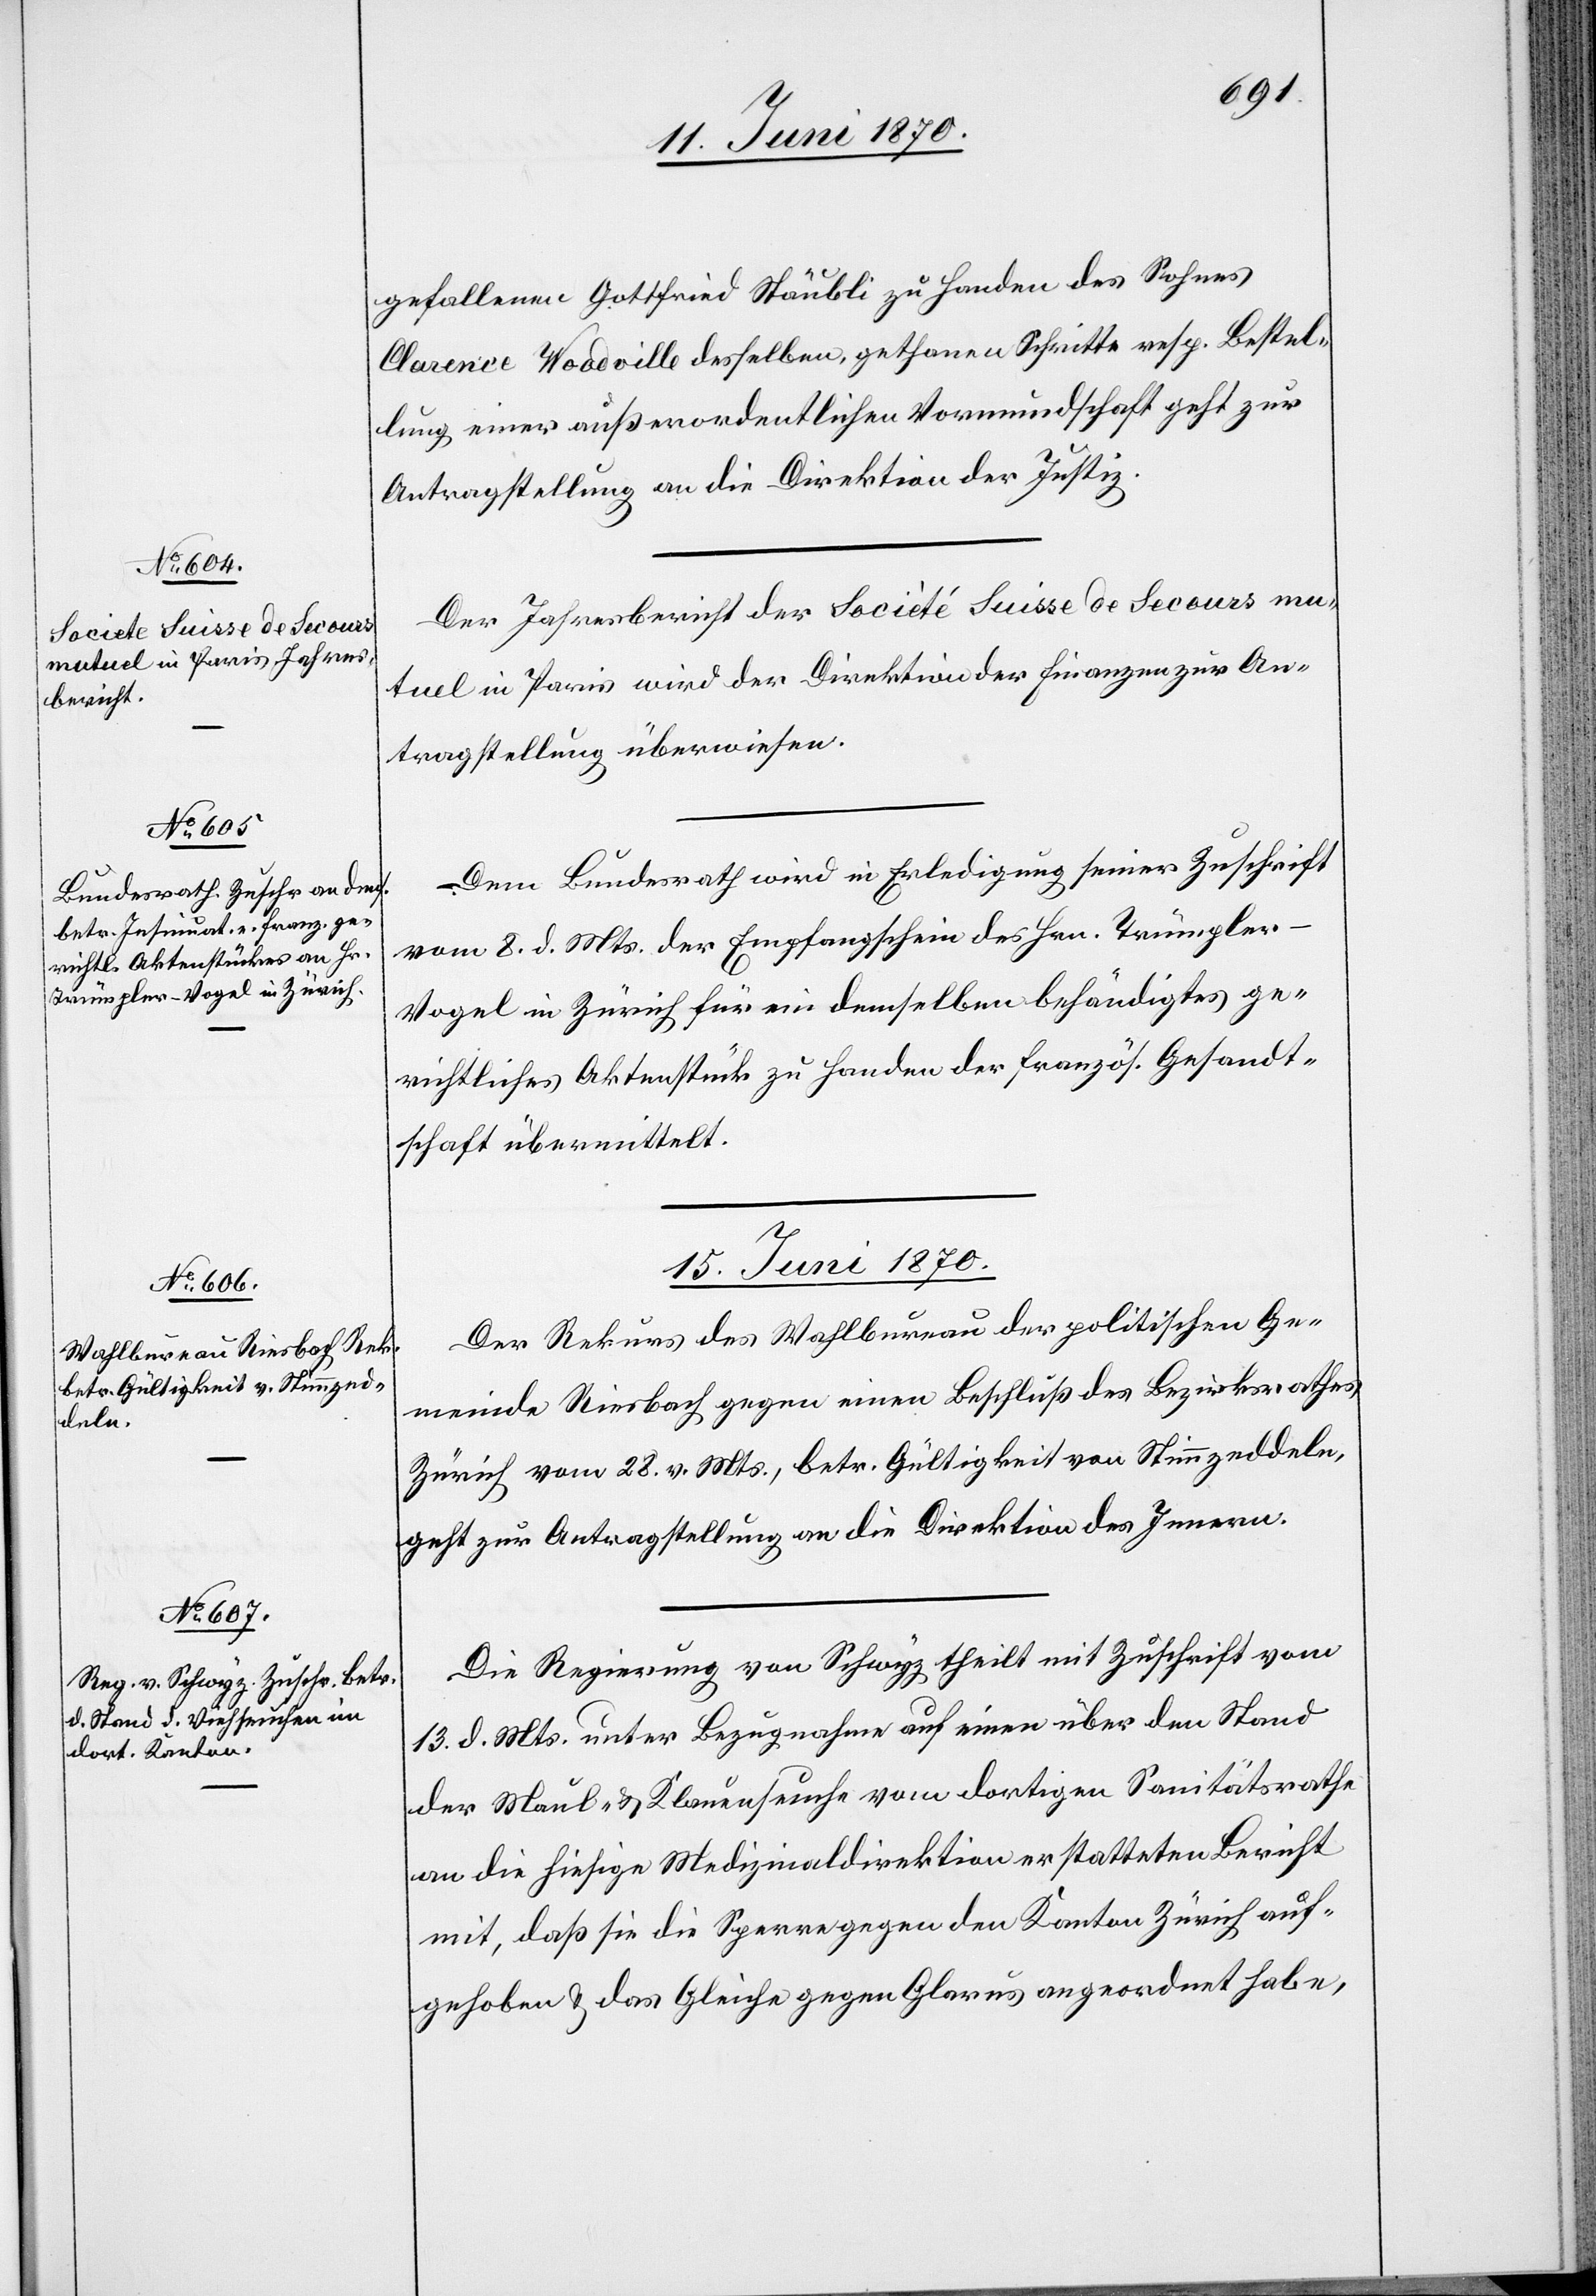
Suisse de Secours
bericht
Jahres¬

gefallenen Gottfried Stäubli zu Handen des Sohnes
Clarence Woodville desselben, gethanen Schritte resp. Bestel¬
lung einer außerordentlichen Vormundschaft geht zur
Antragstellung an die Direktion der Justiz.
tuel in Paris wird der Direktion der Finanzen zur An¬
tragstellung überwiesen.
Dem Bundesrath wird in Erledigung seiner Zuschrift
vom 8. d. Mts. der Empfangschein des Hrn. Trümpler-V¬
ogel in Zürich für ein demselben behändigtes ge¬
richtliches Aktenstück zu Handen der französ. Gesandt¬
schaft übermittelt.
mu¬
15. Juni 1870.]
Der Rekurs des Wahlbureau der politischen Ge¬
meinde Riesbach gegen einen Beschluß des Bezirksrathes
Zürich vom 28. v. Mts., betr. Gültigkeit von Stimmzeddeln,
geht zur Antragstellung an die Direktion des Innern.
Die Regierung von Schwyz theilt mit Zuschrift vom
13. d. Mts. unter Bezugnahme auf einen über den Stand
der Maul- & Klauenseuche vom dortigen Sanitätsrathe
an die hiesige Medizinaldirektion erstatteten Bericht
mit, daß sie die Sperre gegen den Kanton Zürich auf¬
gehoben & das Gleiche gegen Glarus angeordnet habe,